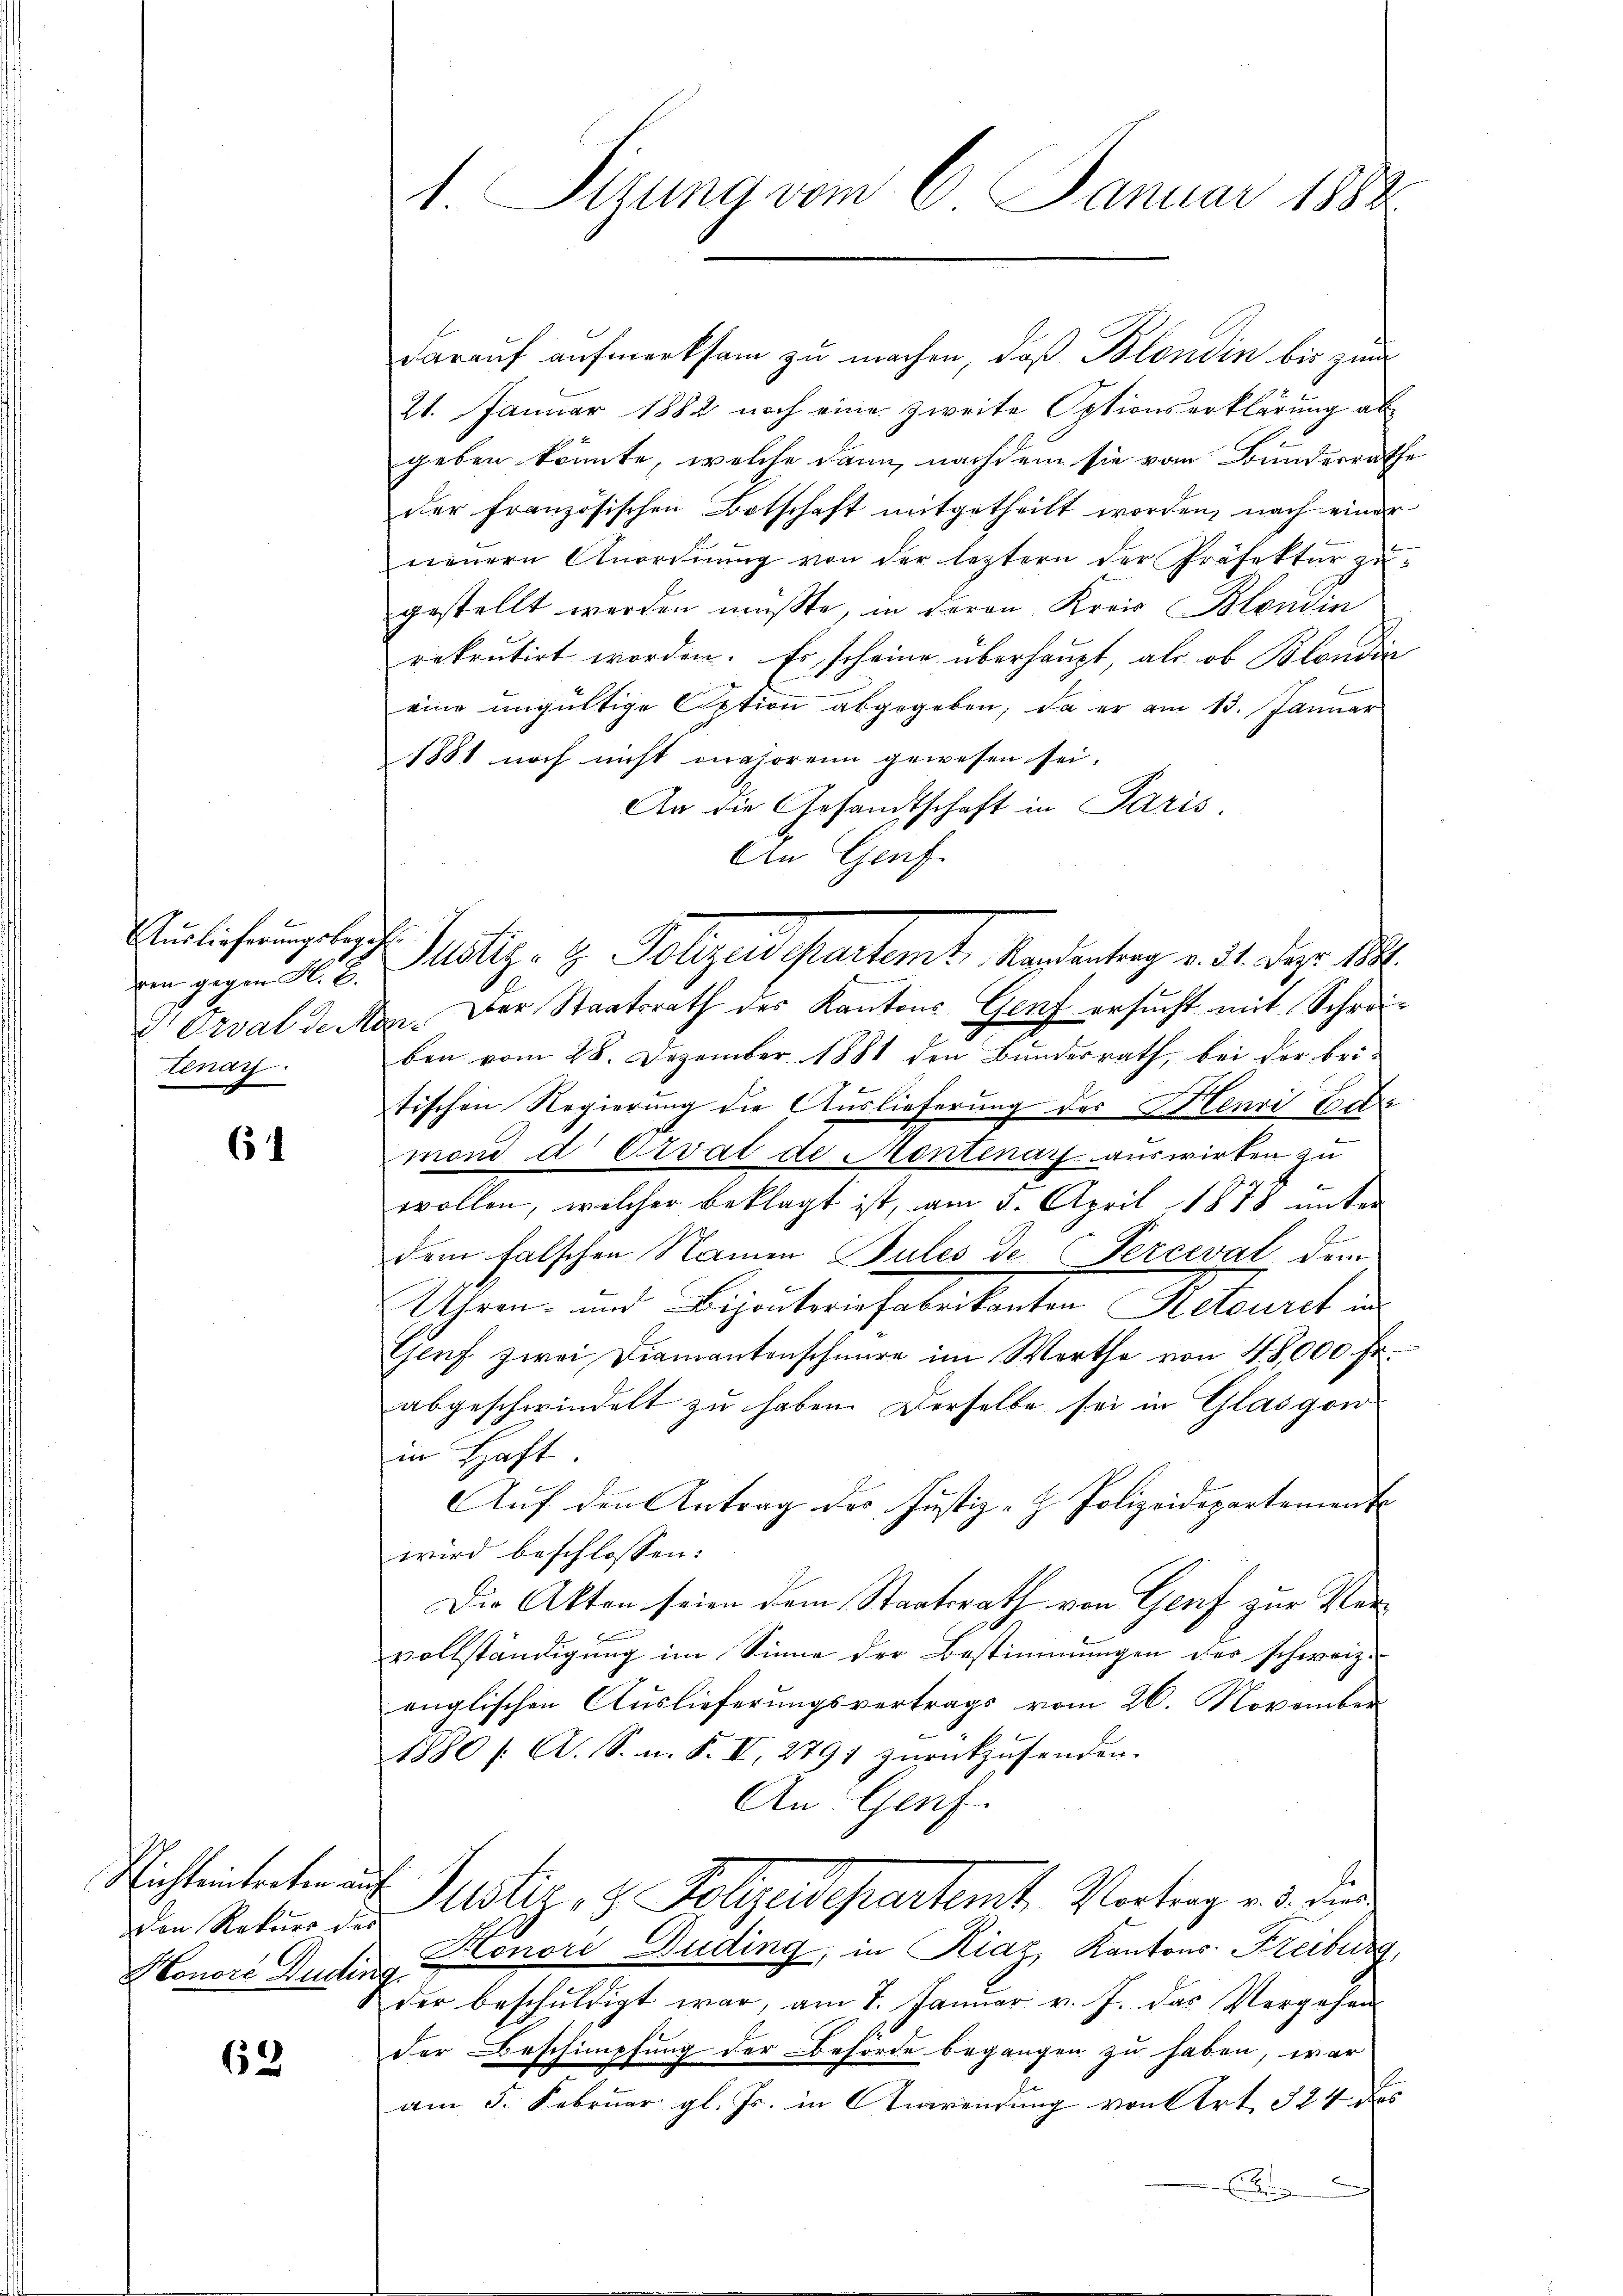
Auslieferungsbegeh
ren gegen H. E.
tenan

6

Nichteintreten ausden Rekurs des
Honore Dudir

63

1. Sizung vom 6. Januar 1882

darauf aufmerksam zu machen, daß Blondin bis zum
21. Januar 1882 noch eine zweite Optionserklärung ab
geben könnte, welche dann, nachdem sie vom Bundesrathe
der französischen Botschaft mitgetheilt worden, nach einer
neŭern Anordnŭng von der leztern der Präfektŭr zŭ-
gestellt werden müßte, in deren Kreis Blondin
rekrutirt worden. Es scheine überhaupt, als ob Blondir
eine ungültige Aption abgegeben, da er am 13. Januar
1881 noch nicht authorenn gewesen sei.
An die Gesandtschaft in Paris
An Genf.
Justiz- & Polizeidepartamte Handentrag v. 21. Dez. M.
Ezval de Mon. Der Staatsrath des Kantons Genf ersucht mit Schreiben vom 28. Dezember 1881 den Bundesrath, bei der bri-
tischen Regierung die Auslieferung der Henri Eu
mond d Orvat de Montinay auswirken zu
wollen, welcher beklagt ist, am 3. April 1878 unter
dem falschen Namen Jules de Perceval dem
Uhren- und Bijouteriefabrikanten Retouret in
Genf zwei Diamantenschnüre im Werthe von 40,000 Fr.
abgeschwindelt zu haben. Derselbe sei in Glasgon
in Haft
Auf den Antrag des Justiz- Polizeidepartemente
wird beschlossen:
Die Akten seien dem Staatsrath von Genf zur Vervollständigung im Sinne der Bestimmungen des schweiz.
englischen Auslieferungsvertrags vom 26. November
1880 /: A. S. n. F. VI, 2791 zurückzusenden.
An Genf.
Justiz- & Folgendepartemte Vertrag u. die
Honori Duding, in Riaz, Kantons- Freiburg,
Eder beschuldigt war, am 7. Januar v. J. das Vergehen
der Beschimpfung der Behörde begangen zu haben, war
am 5. Februar gl. Js. in Anwendung von Art. 324 des